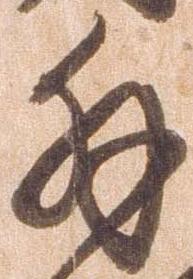
拝